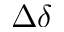
\Delta \delta